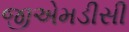
જીએમડીસી